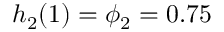
h _ { 2 } ( 1 ) = \phi _ { 2 } = 0 . 7 5